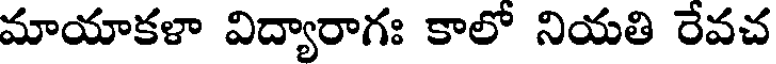
మాయాకళా విద్యారాగః కాలో నియతి రేవచ